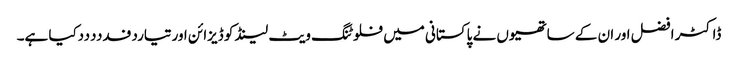
ڈاکٹر افضل اور ان کے ساتھیوں نے پاکستانی میں فلوٹنگ ویٹ لینڈ کو ڈیزائن اورتیاردفدددددکیا ہے۔